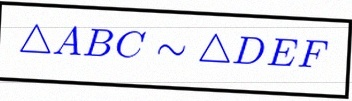
\triangle ABC\sim\triangle DEF